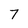
Character: 7